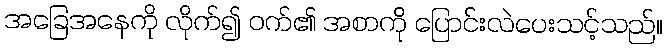
အခြေအနေကို လိုက်၍ ဝက်၏ အစာကို ပြောင်းလဲပေးသင့်သည်။